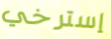
إسترخي